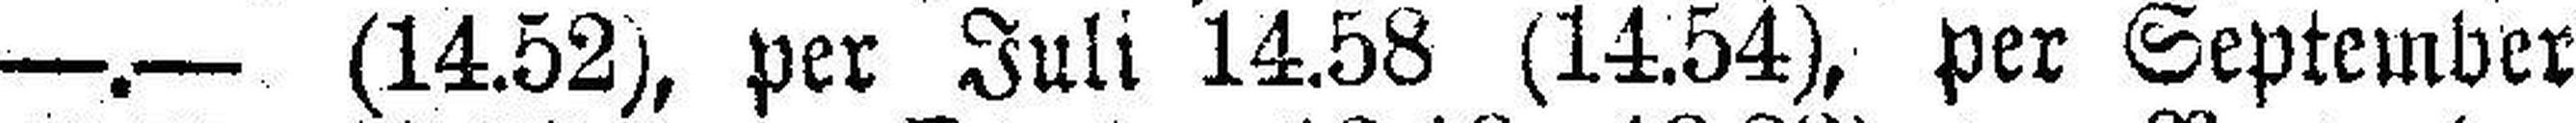
—.— (14.52), per Juli 14.58 (14.54), per September